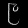
Digit: ၉